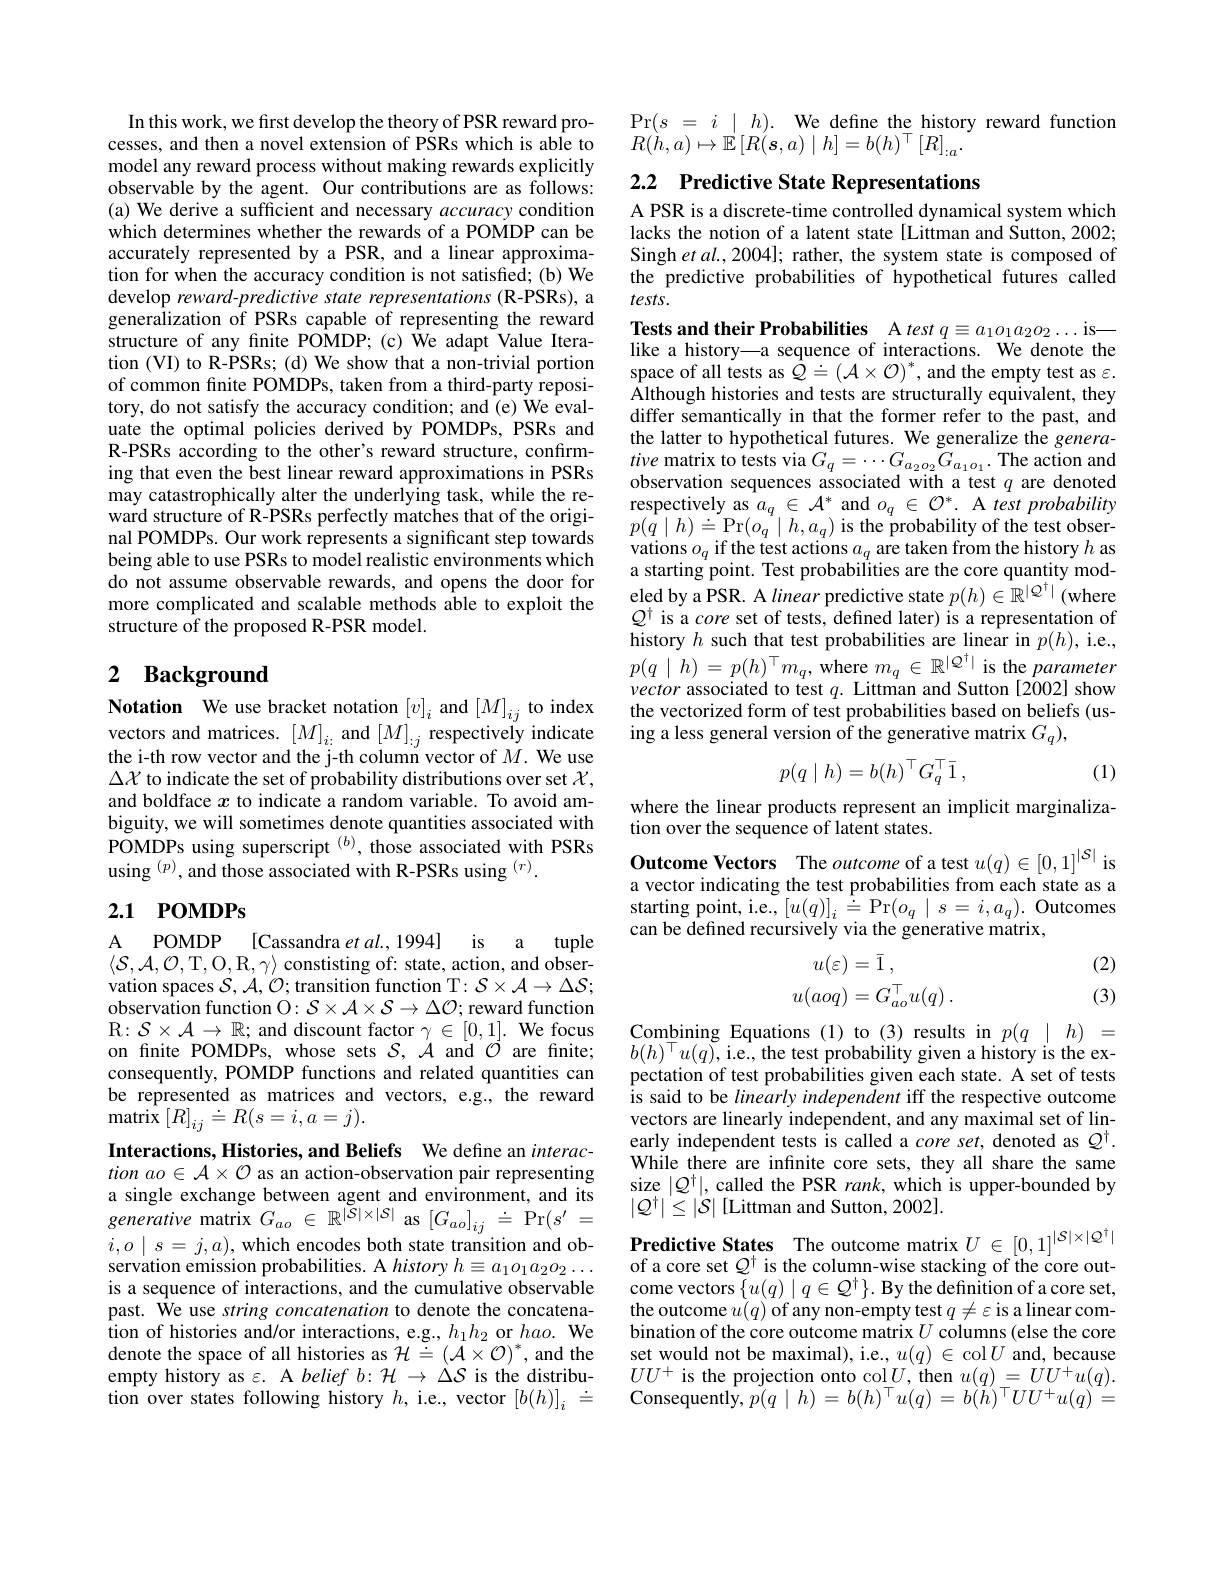
In this work, we first develop the theory of PSR reward processes, and then a novel extension of PSRs which is able to model any reward process without making rewards explicitly observable by the agent. Our contributions are as follows: (a) We derive a sufficient and necessary accuracy condition which determines whether the rewards of a POMDP can be accurately represented by a PSR, and a linear approximation for when the accuracy condition is not satisfied; (b) We develop reward-predictive state representations (R-PSRs), a generalization of PSRs capable of representing the reward structure of any finite POMDP; (c) We adapt Value Iteration (VI) to R-PSRs; (d) We show that a non-trivial portion of common finite POMDPs, taken from a third-party repository, do not satisfy the accuracy condition; and (e) We evaluate the optimal policies derived by POMDPs, PSRs and R-PSRs according to the other's reward structure, confirming that even the best linear reward approximations in PSRs may catastrophically alter the underlying task, while the reward structure of R-PSRs perfectly matches that of the original POMDPs. Our work represents a significant step towards being able to use PSRs to model realistic environments which do not assume observable rewards, and opens the door for more complicated and scalable methods able to exploit the structure of the proposed R-PSR model.

# 2 Background

Notation We use bracket notation $[v]_i$ and $[M]_ij$ to index vectors and matrices. $[M]_{i:}$ and $[M]_{:j}$ respectively indicate the i-th row vector and the j-th column vector of $M.$ We use $\Delta\mathcal{X}$ to indicate the set of probability distributions over set $\mathcal{X}$, and boldface $x$ to indicate a random variable. To avoid ambiguity, we will sometimes denote quantities associated with POMDPs using superscript$^{(b)}$, those associated with PSRs using $^{(p)}$,and those associated with R-PSRs using$^{(r)}.$

## 2.1 POMDPs

A POMDP [Cassandra et al., 1994]
is a tuple
$\begin{array}{l}{\langle\mathcal{S},\mathcal{A},\mathcal{O},\mathcal{T},\mathcal{O},\mathcal{R},\gamma\rangle\mathrm{~constisting~of:~state,~action,~and~obser-}}\\{\mathrm{vation~spaces~}\mathcal{S},\mathcal{A},\mathcal{O};\mathrm{transition~function~T}:\mathcal{S}\times\mathcal{A}\to\Delta\mathcal{S};}\end{array}$ observation function O$:\mathcal{S}\times\mathcal{A}\times\mathcal{S}\to\Delta\mathcal{O};$ reward function $\mathbb{R}\colon\mathcal{S}\times\mathcal{A}\to\mathbb{R};$ and discount factor $\gamma \in [ 0, 1] . \textbf{We focus}$ on finite POMDPs, whose sets $\mathcal{S},\mathcal{A}$ and $\mathcal{O}$ are finite; consequently, POMDP functions and related quantities can be represented as matrices and vectors, e.g., the reward ${\mathrm{matrix}}\left[R\right]_{ij}\doteq R(s=i,a=j).$
Interactions, Histories, and Beliefs We define an interac- $tionao\in\mathcal{A}\times\mathcal{O}$ as an action-observation pair representing a single exchange between agent and environment, and its generative matrix $G_ao\in\mathbb{R}^{|\mathcal{S}|\times|\mathcal{S}|}$ as $[G_ao]_{ij}\stackrel{:}{=}$Pr$(s^\prime=$ $i,o\mid s=j,a)$,which encodes both state transition and observation emission probabilities. A history $h\equiv a_1o_1a_2o_2\ldots$ is a sequence of interactions, and the cumulative observable past. We use string concatenation to denote the concatenation of histories and/or interactions, e.g., $h_1h_2$ or $hao.$ We denote the space of all histories as $\mathcal{H}\doteq(\mathcal{A}\times\mathcal{O})^*$, and the empty history as $\varepsilon.$ A belief $b:\mathcal{H}\to\Delta\mathcal{S}$ is the distribution over states following history $h$, i.e., vector $[b(h)]_i\stackrel{\cdot}{=}$

Pr$( s$ = $i$ | $h) .$ We define the history reward function
$R(h,a)\mapsto\stackrel{'}{\operatorname*{\mathbb{E}}}\left[R(\boldsymbol{s},a)\mid h\right]=b(h)^{\top}\left[R\right]_{:a}.$

## 2.2 Predictive State Representations

A PSR is a discrete-time controlled dynamical system which lacks the notion of a latent state[Littman and Sutton, 2002; Singh $etal.,2004];$ rather, the system state is composed of the predictive probabilities of hypothetical futures called $tests.$

Tests and their Probabilities A $testq\equiv a_1o_1a_2o_2\ldots$is— like a history—a sequence of interactions. We denote the space of all tests as $Q\doteq(\mathcal{A}\times\mathcal{O})^*$,and the empty test as $\varepsilon.$ Although histories and tests are structurally equivalent, they differ semantically in that the former refer to the past, and the latter to hypothetical futures. We generalize the generative matrix to tests via $G_q=\cdots G_{a_{2}o_{2}}\tilde{G}_{a_{1}o_{1}}.$ The action and observation sequences associated with a test $q$ are denoted respectively as $a_q\in\mathcal{A}^*$ and $o_q\in\mathcal{O}^*.$ A test probability $p(\hat{q}\mid h)\doteq$Pr$(o_{q}\mid h,a_{q})$is the probability of the test observations $o_q$ if the test actions $a_q$ are taken from the history $h$ as starting point. Test probabilities are the core quantity modeled by a PSR. A linear predictive state $p(h)\in\mathbb{R}^{|Q^\dagger|}$ (where $Q^{\dagger}$ is a core set of tests, defined later) is a representation of history $h$ such that test probabilities are linear in $p(h)$,i.e., $p( q\mid h)$ = $p( h) ^{\top }m_{q}$, ${\mathrm{where~}}m_{q}\in \mathbb{R} ^{| Q^{\dagger }| }$is the parameter vector associated to test $q.$ Littman and Sutton[2002] show the vectorized form of test probabilities based on beliefs (using a less general version of the generative matrix $G_q)$,
$$p(q\mid h)=b(h)^\top G_q^\top\bar{1}\:,$$
(1)

where the linear products represent an implicit marginaliza-
tion over the sequence of latent states.

Outcome Vectors The outcome of a test $u(q)\in[0,1]^{|\mathcal{S}|}$ is

a vector indicating the test probabilities from each state as a $\mathop{\mathrm{starting~point,~i.e.,~}}[u(q)]_{i}\stackrel{\vdots}{=}\mathop{\mathrm{Pr}}(o_{q}\mid s=i,a_{q}).$Outcomes can be defined recursively via the generative matrix,

(2)
$$\begin{aligned}u(\varepsilon)&=\bar1\:,\\u(aoq)&=G_{ao}^\top u(q)\:.\end{aligned}$$
(3)

Combining Equations (1) to (3) results in $p(q\mid h)=$ $b(h)^{\top}u(q)$,i.e., the test probability given a history is the ex-

pectation of test probabilities given each state. A set of tests is said to be linearly independent iff the respective outcome vectors are linearly independent, and any maximal set of linearly independent tests is called a core set, denoted as $Q^\dagger.$ While there are infinite core sets, they all share the same size $|Q^\dagger|$, called the PSR rank, which is upper-bounded by $|Q^{\dagger}|\leq|S|$ [Littman and Sutton, 2002].
$\begin{array}{l}\textbf{Predictive States}&\text{The outcome matrix}U\in[0,1]^{|S|\times|Q^{\dagger}|}\\\text{of a core set }\textcircled {Q}^{\dagger}\text{ is the column-wise stacking of the core out-}\end{array}$ come vectors $\{u(q)\mid q\in{\mathcal Q}^{\dagger}\}.$ By the definition of a core set, the outcome $u(q)$ of any non-empty test $q\neq\varepsilon$ is a linear combination of the core outcome matrix $U$ columns (else the core set would not be maximal), i.e., $u(q)\in\operatorname{col}U$ and, because $UU^{+}$ is the projection onto col$U$, then $u(q)_-=UU^{+}u(q).$ ${\mathrm{Consequently,~}p(q\mid h)=b(h)^{\top}u(q)=b(\stackrel{'}{h})^{\top}UU^{+}u(q)}=$